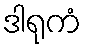
ဒါရုကံ